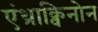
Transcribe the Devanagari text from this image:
एंथ्राक्विनोन